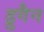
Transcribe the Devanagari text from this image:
ड्रुगैन